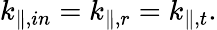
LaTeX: k_{\parallel,{in}}=k_{\parallel,{r}}=k_{\parallel,{t}}.